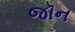
જૉન